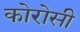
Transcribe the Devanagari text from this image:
कोरोसी